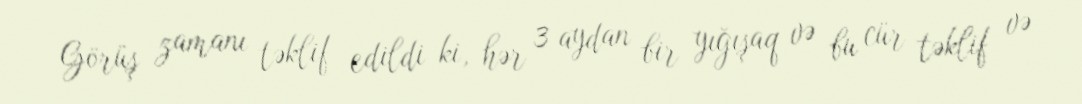
Görüş zamanı təklif edildi ki, hər 3 aydan bir yığışaq və bu cür təklif və